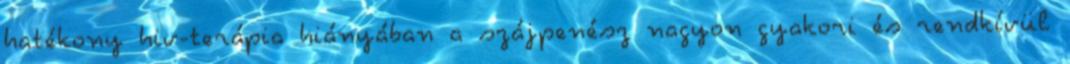
hatékony hiv-terápia hiányában a szájpenész nagyon gyakori és rendkívül